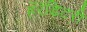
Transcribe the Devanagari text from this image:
हॅरॅडिटरी